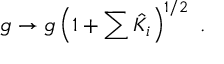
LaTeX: g \rightarrow g \left( 1 + \sum \hat { K } _ { i } \right) ^ { 1 / 2 } \, \, .